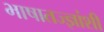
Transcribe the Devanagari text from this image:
भाषातज्ज्ञांशी